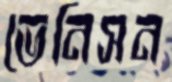
ভেনিসন